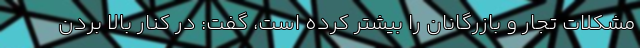
مشکلات تجار و بازرگانان را بیشتر کرده است، گفت: در کنار بالا بردن